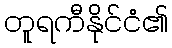
တူရကီနိုင်ငံ၏